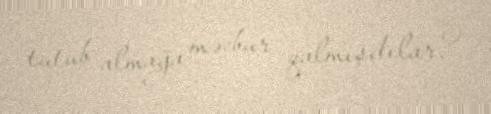
tutub almağa məcbur qalmışdılar?.